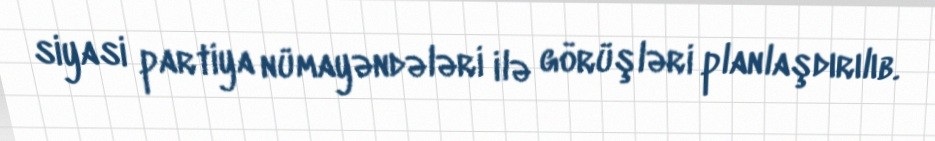
siyasi partiya nümayəndələri ilə görüşləri planlaşdırılıb.